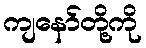
ကျနော်တို့ကို